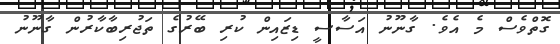
ގޮތްވެސް މެ އެވެ. ގާނޫނު އަސާސީ ޑިޒައިން ކުރި ބޭރުގެ ތަޖުރިބާކާރުން ގާނޫނު